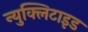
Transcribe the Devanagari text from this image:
न्युक्लिटाइड